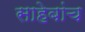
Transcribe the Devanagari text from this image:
साहेबांच